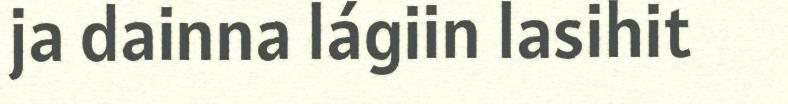
ja dainna lágiin lasihit